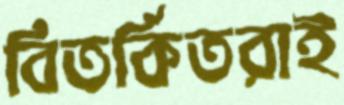
বিতর্কিতরাই